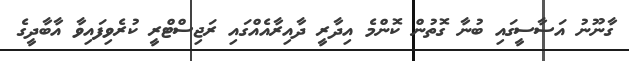
ގާނޫނު އަސާސީގައި ބުނާ ގޮތުން ކޮންމެ އިދާރީ ދާއިރާއެއްގައި ރަޖިސްޓްރީ ކުރެވިފައިވާ އާބާދީގެ